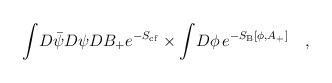
LaTeX: \begin{align*} \int \! D \bar{\psi} D \psi D B_{+} e^{-S_{\rm{cf}} }\times \int \! D \phi \, e^{-S_{\rm {B}}[\phi ,A_{+}]} \quad,\end{align*}